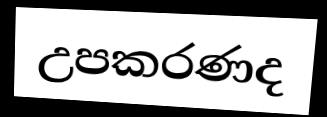
උපකරණද